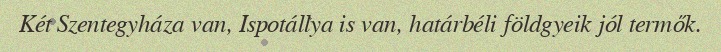
Két Szentegyháza van, Ispotállya is van, határbéli földgyeik jól termők.